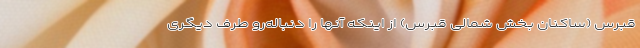
قبرس (ساکنان بخش شمالی قبرس) از اینکه آنها را دنباله‌رو طرف دیگری